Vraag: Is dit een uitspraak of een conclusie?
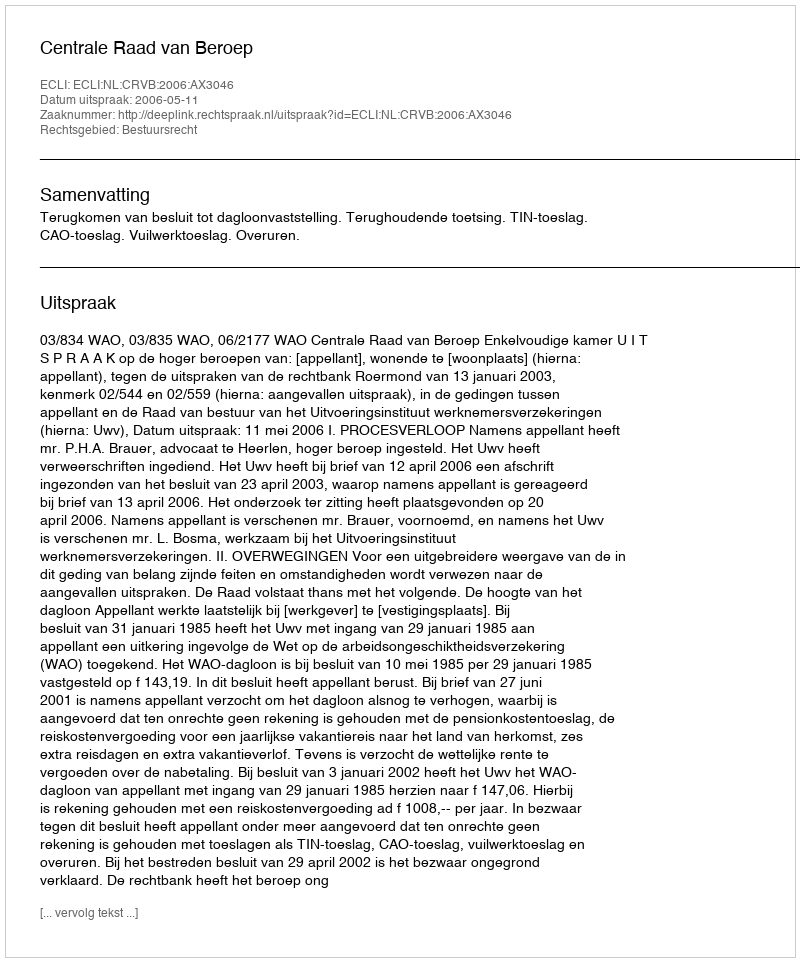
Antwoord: Uitspraak